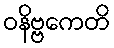
ဝနိဗ္ဗကေတိ